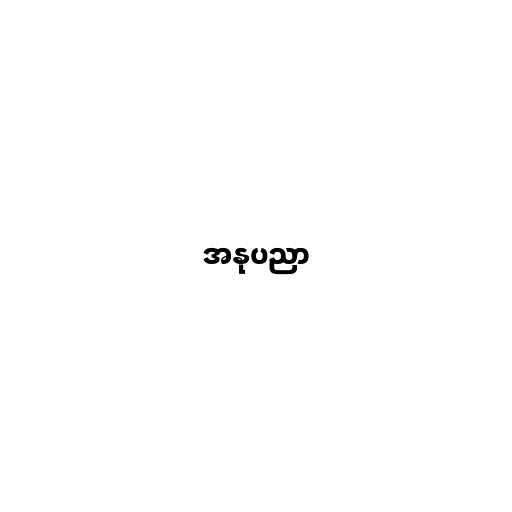
အနုပညာ